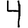
Digit: 4